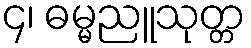
၄၊ ဓမ္မညူသုတ္တ